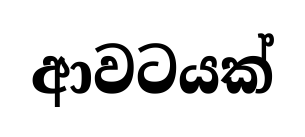
ආවටයක්